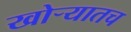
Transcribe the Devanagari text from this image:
खोऱ्यातच